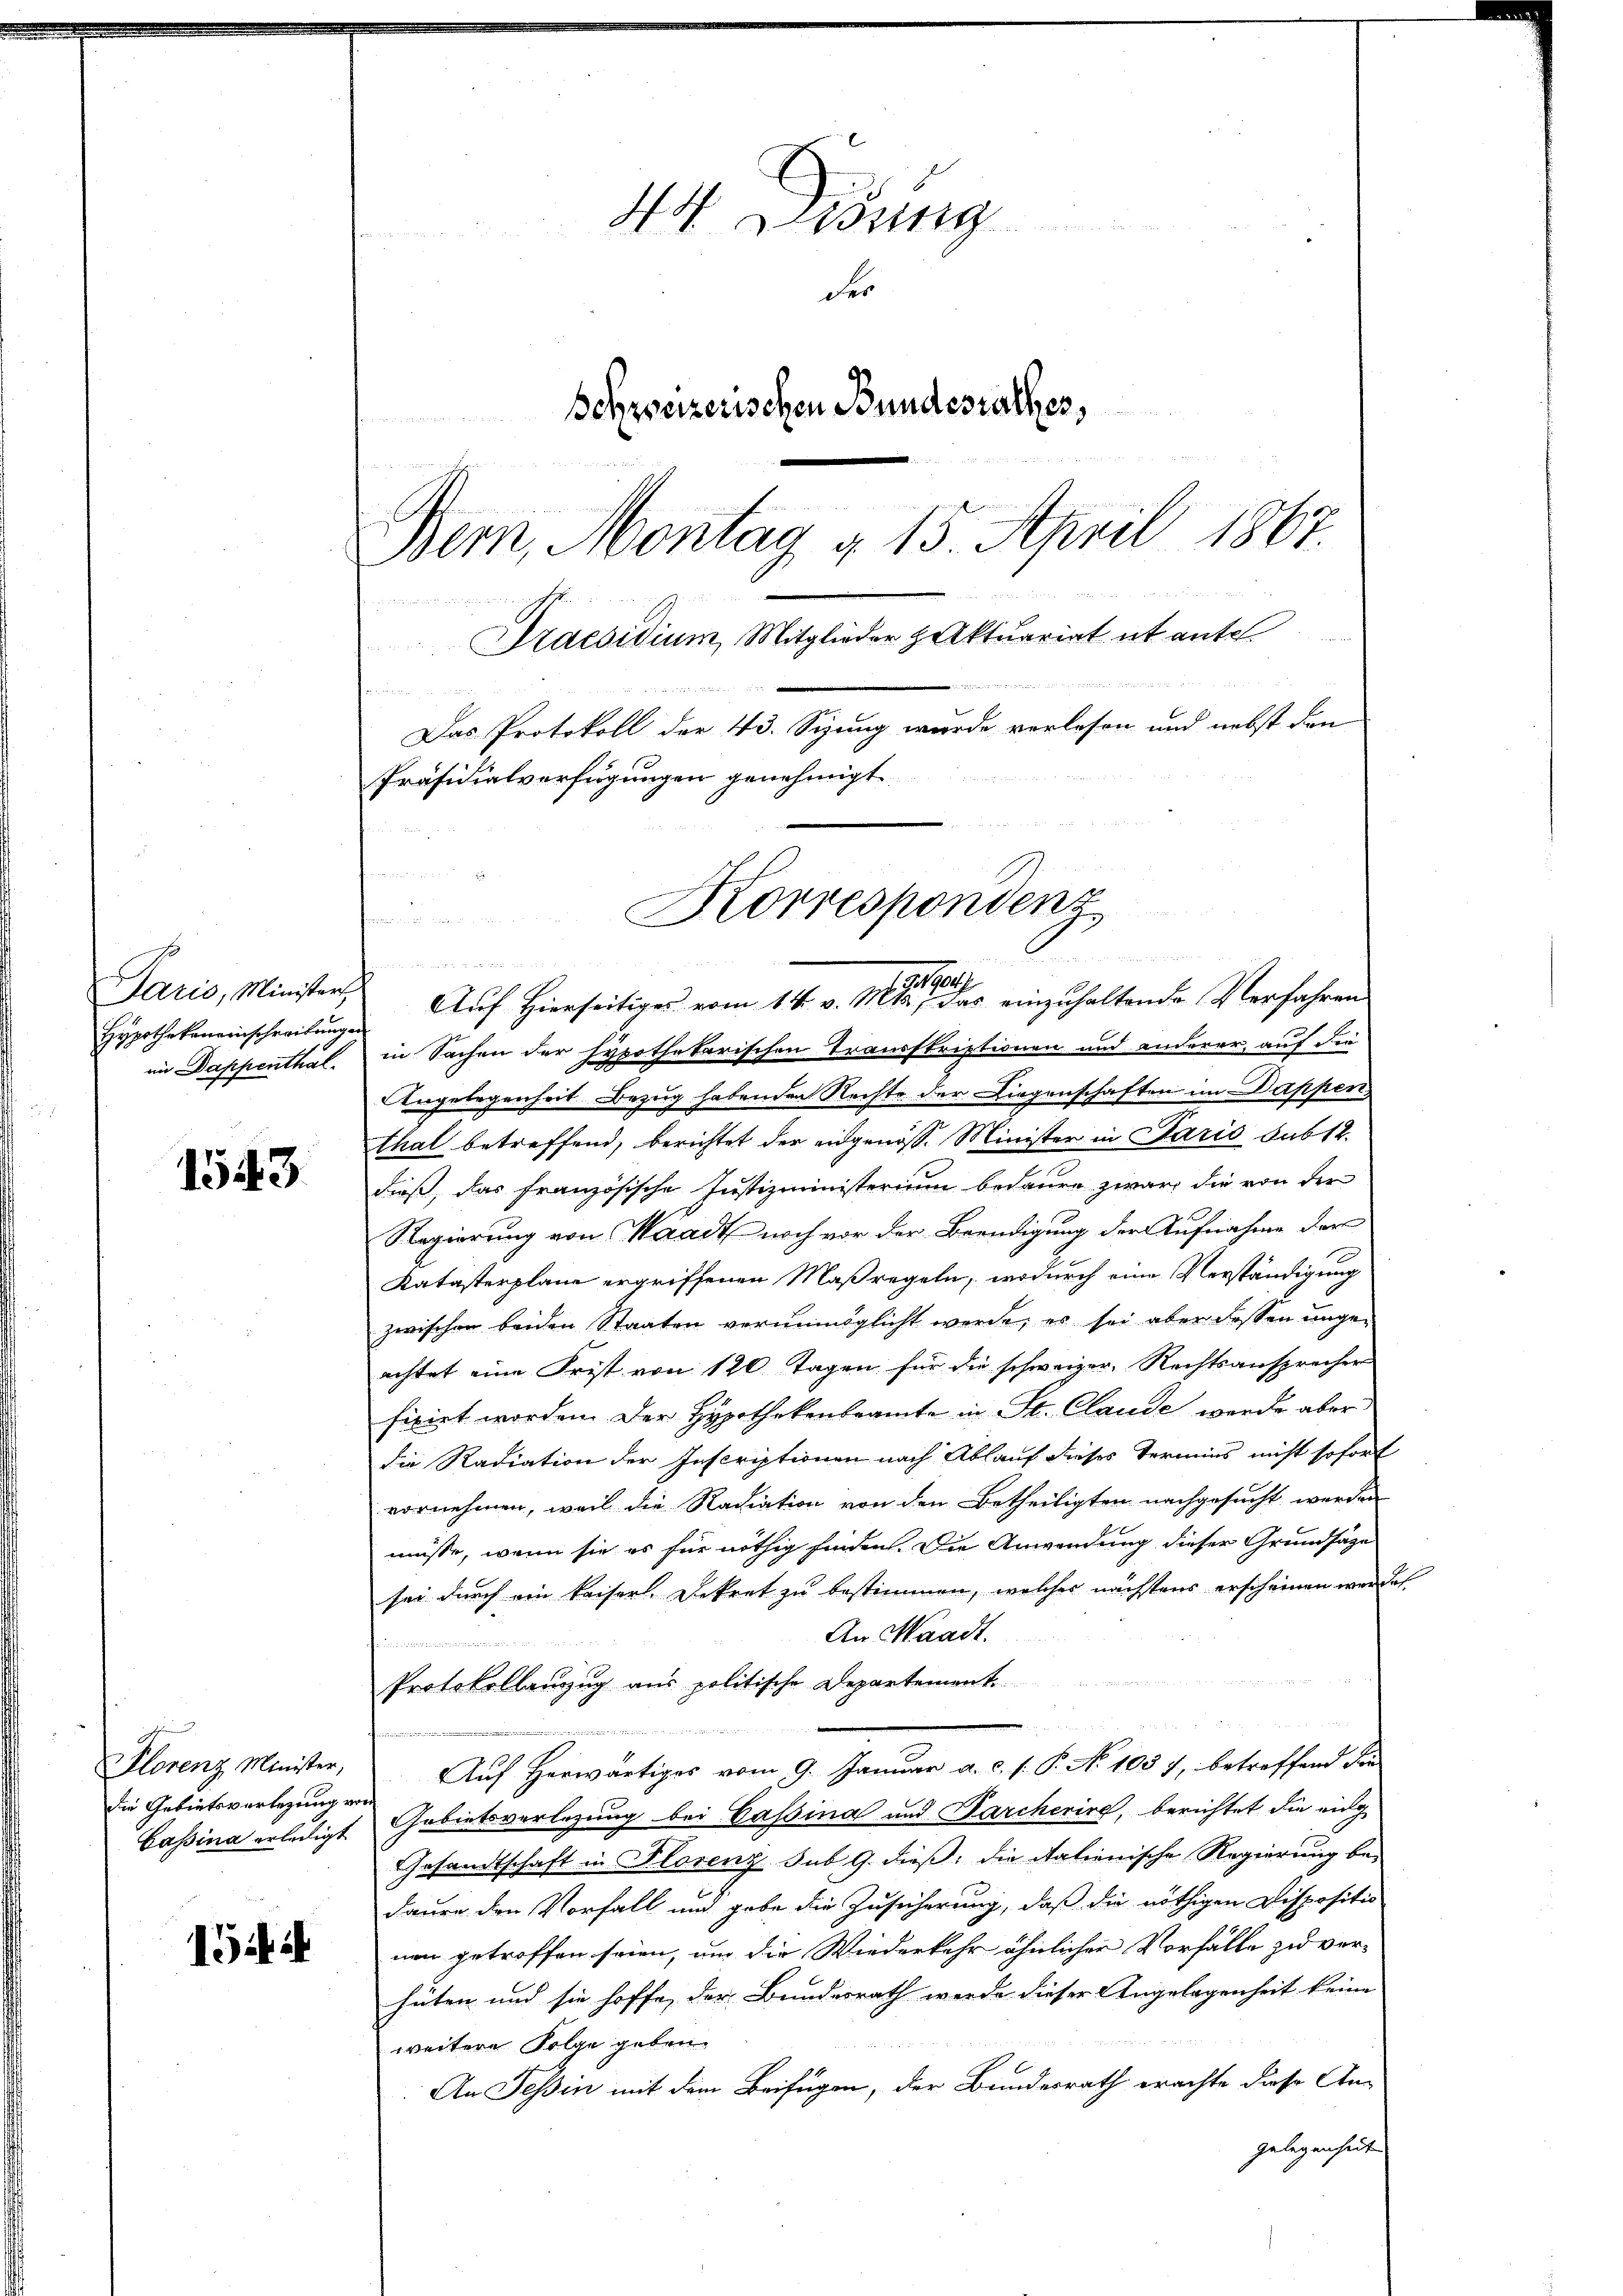
44 Lung
der
Schweizerischen Bundesrathes,
Bern, Montag d. 15. April 1867.

Praesidium, Mitglieder Aktuariat et ante
x
Das Protokoll der 43. Sizung wurde verlesen und nebst den
Präsidialverfügungen genehmigt

Korrespondenz

Paris, Ministers
im Dappenthal.

a
Hypothekemeinschreiben Auf Hierseitiger vom 14. v. 1891 in der einzuhaltende Verfahren
in Sachen der hypothekarischen Transstriptionen und anderer, auf die
Angelegenheit Bezug habenden Rechte der Liegenschaften im Dappen
thal betreffend, berichtet der eingenosse Minister in Paris sub 12
dieß, das französische Justizministerium bedaure zwar die von der
Regierung von Waadt noch vor der Beendigung der Aufnahme der
Katasterplane ergriffenen Maßregeln, wodurch eine Verständigung
zwischen beiden Staaten verunmöglicht werde, es sei aber dessen ungeachtet eine Frist von 120 Tagen für die schweizer, Rechtsansprecher
fixirt worden. Der Hypothekenbeamte in St. Claude werde aber
die Radiation der Inscriptionen nach Ablauf dieses Termins nicht sofort
vornehmen, weil die Radiation von den Betheiligten nachgesucht werden
müsse, wenn sie es für nöthig finden. Die Anwendung dieser Grundsätze
sei durch ein kaiserl. Dekret zu bestimmen, welches nächstens erscheinen werden
An Waadt.

Protokollanzzug aus politische Departement.
un

Auf herwärtiges vom 9. Januar a. c. s. P. No 105 f, betreffend die
Gebietsverlegung bei Cassina und Farcherire, berichtet die einge
Gesandtschaft in Florenz. Sub. 9. dieß, die italienische Regierung be-
dauer den Vorfall und gabe die Zusicherung, daß die nöthigen Dispositio
nen getroffen seien, um die Wiederkehr ähnlicher Vorfälle zu ver-
hüten und sie hoffe, der Bundesrath werde dieser Angelegenheit keine
weitere Folge geben.
An Tessin mit dem Beifügen, der Bundesrath erachte diese An-
gelegenheit

1543.

Florenz Minister,
Die Gebietsvorlegung er
Cassina erledigt

IGii